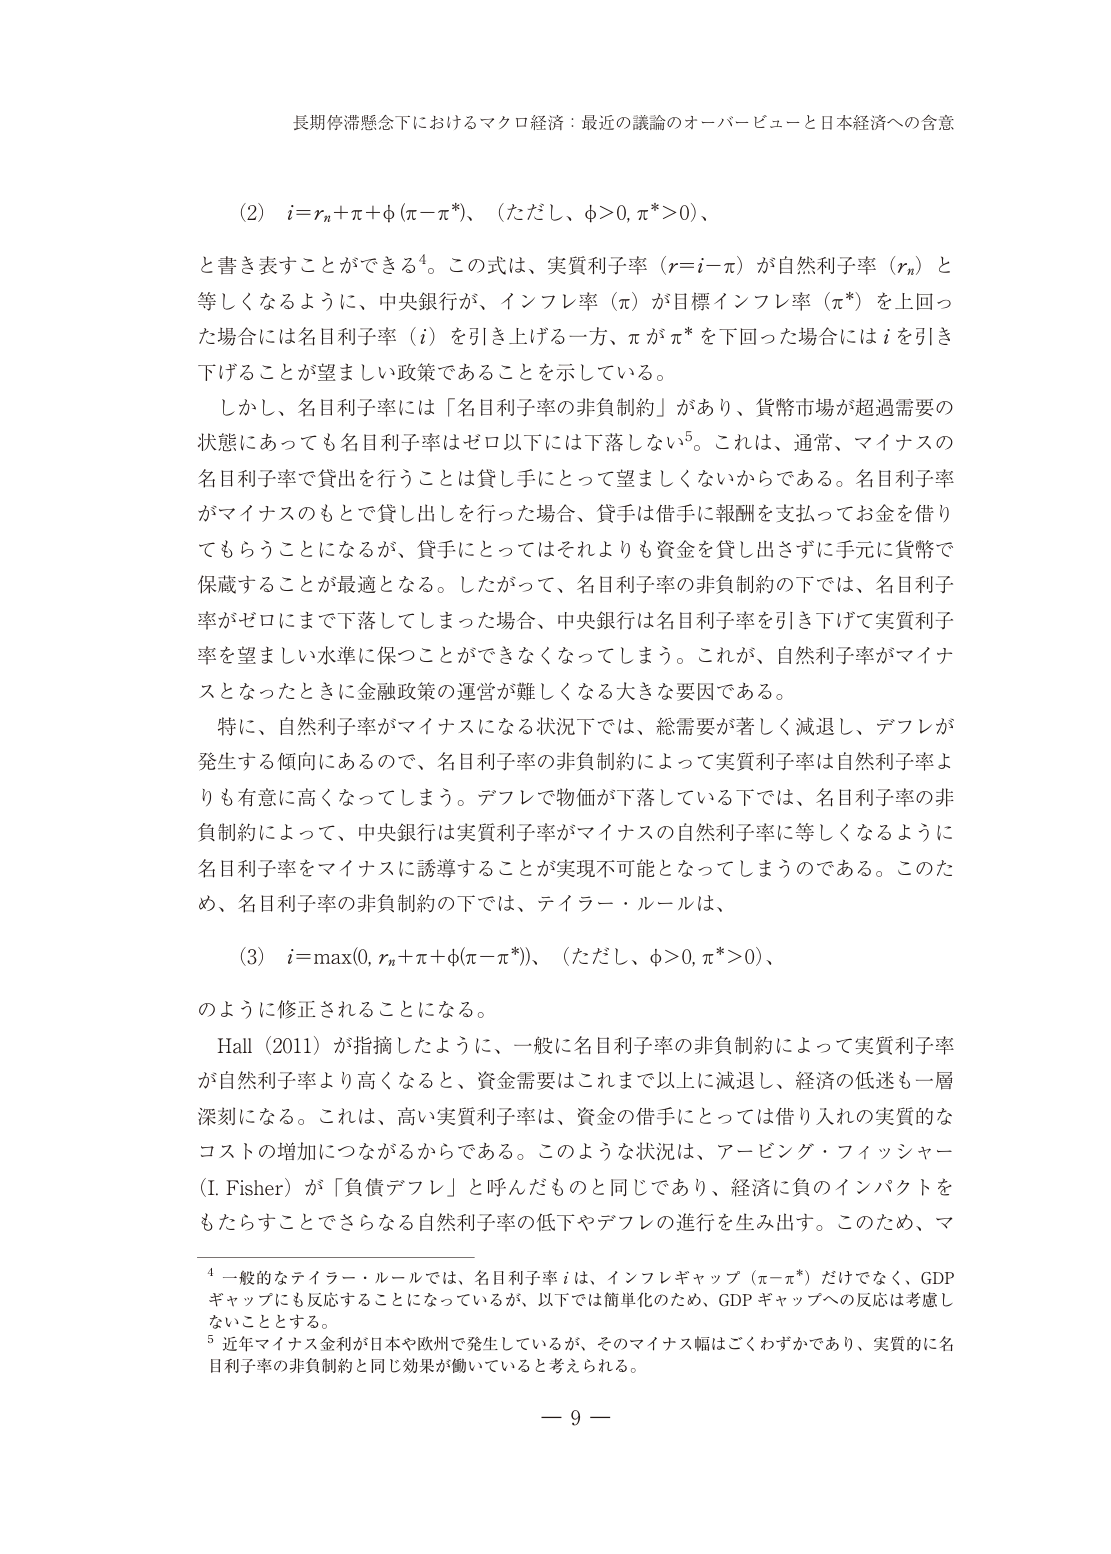
長期停滞懸念下におけるマクロ経済：最近の議論のオーバービューと日本経済への含意

（2）　i＝r_n＋π＋φ（π－π*）、（ただし、φ＞0, π*＞0）、
と書き表すことができる⁴。この式は、実質利子率（r＝i－π）が自然利子率（r_n）と
等しくなるように、中央銀行が、インフレ率（π）が目標インフレ率（π*）を上回っ
た場合には名目利子率（i）を引き上げる一方、πがπ*を下回った場合にはiを引き
下げることが望ましい政策であることを示している。
しかし、名目利子率には「名目利子率の非負制約」があり、貨幣市場が超過需要の
状態にあっても名目利子率はゼロ以下には下落しない⁵。これは、通常、マイナスの
名目利子率で貸出を行うことは貸し手にとって望ましくないからである。名目利子率
がマイナスのもとで貸し出しを行った場合、貸手は借手に報酬を支払ってお金を借り
てもらうことになるが、貸手にとってはそれよりも資金を貸し出さずに手元に貨幣で
保管することが最適となる。したがって、名目利子率の非負制約の下では、名目利子
率がゼロにまで下落してしまった場合、中央銀行は名目利子率を引き下げて実質利子
率を望ましい水準に保つことができなくなってしまう。これが、自然利子率がマイナ
スとなったときに金融政策の運営が難しくなる大きな要因である。
特に、自然利子率がマイナスになる状況下では、総需要が著しく減退し、デフレが
発生する傾向にあるので、名目利子率の非負制約によって実質利子率は自然利子率よ
りも有意に高くなってしまう。デフレで物価が下落している下では、名目利子率の非
負制約によって、中央銀行は実質利子率がマイナスの自然利子率に等しくなるように
名目利子率をマイナスに誘導することが実現不可能となってしまうのである。このた
め、名目利子率の非負制約の下では、テイラー・ルールは、

（3）　i＝max(0, r_n＋π＋φ(π－π*))、（ただし、φ＞0, π*＞0）、
のように修正されることになる。
Hall（2011）が指摘したように、一般に名目利子率の非負制約によって実質利子率
が自然利子率より高くなると、資金需要はこれまで以上に減退し、経済の低迷も一層
深刻になる。これは、高い実質利子率は、資金の借手にとっては借り入れの実質的な
コストの増加につながるからである。このような状況は、アービング・フィッシャー
（I. Fisher）が「負債デフレ」と呼んだものと同じであり、経済に負のインパクトを
もたらすことができる自然利子率の低下やデフレの進行を生み出す。このため、マ

⁴ 一般的なテイラー・ルールでは、名目利子率iは、インフレギャップ（π－π*）だけでなく、GDP
ギャップにも反応することになっているが、以下では簡単化のため、GDPギャップへの反応は考慮し
ないこととする。
⁵ 近年マイナス金利が日本や欧州で発生しているが、そのマイナス幅はごくわずかであり、実質的に名
目利子率の非負制約と同じ効果が働いていると考えられる。

－ 9 －